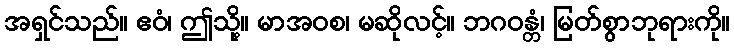
အရှင်သည်။ ဧဝံ၊ ဤသို့။ မာအဝစ၊ မဆိုလင့်။ ဘဂဝန္တံ၊ မြတ်စွာဘုရားကို။